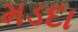
મડદા